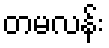
တမလန်း